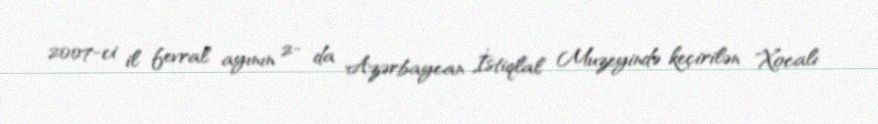
2007-ci il fevral ayının 2- da Azərbaycan İstiqlal Muzeyində keçirilən "Xocalı